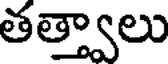
తత్త్వాలు